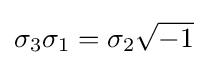
\sigma _{3}\sigma _{1}=\sigma _{2}{\sqrt {-1}}